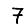
Digit: 7